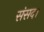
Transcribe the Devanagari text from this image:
संसद।